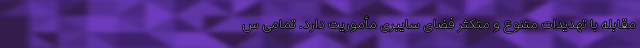
مقابله با تهدیدات متنوع و متکثر فضای سایبری مأموریت دارد. تمامی س